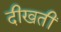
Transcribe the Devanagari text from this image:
दीखतीं